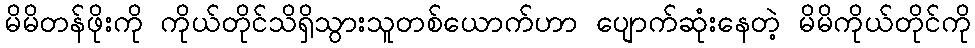
မိမိတန်ဖိုးကို ကိုယ်တိုင်သိရှိသွားသူတစ်ယောက်ဟာ ပျောက်ဆုံးနေတဲ့ မိမိကိုယ်တိုင်ကို